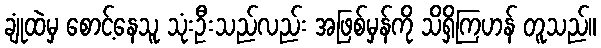
ချုံထဲမှ စောင့်နေသူ သုံးဦးသည်လည်း အဖြစ်မှန်ကို သိရှိကြဟန် တူသည်။